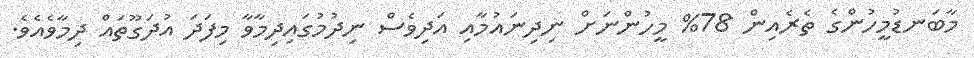
މާބަނޑުމީހުންގެ ތެރެއިން 78% މީހުންނަށް ނިދިނައުމާއި އަދިވެސް ނިދުމުގައިދިމާވާ މިފަދަ އުދަގޫތައް ދިމާވެއެވެ.